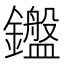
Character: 𬬛